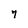
Character: 7